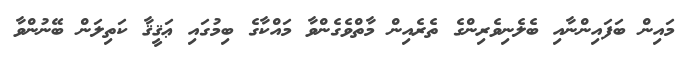
މައިން ބަފައިންނާއި ބެލެނިވެރިންގެ ތެރެއިން މާތްވެގެންވާ މައްކާގެ ބިމުގައި ޢަޤީޤާ ކަތިލަން ބޭނުންވާ